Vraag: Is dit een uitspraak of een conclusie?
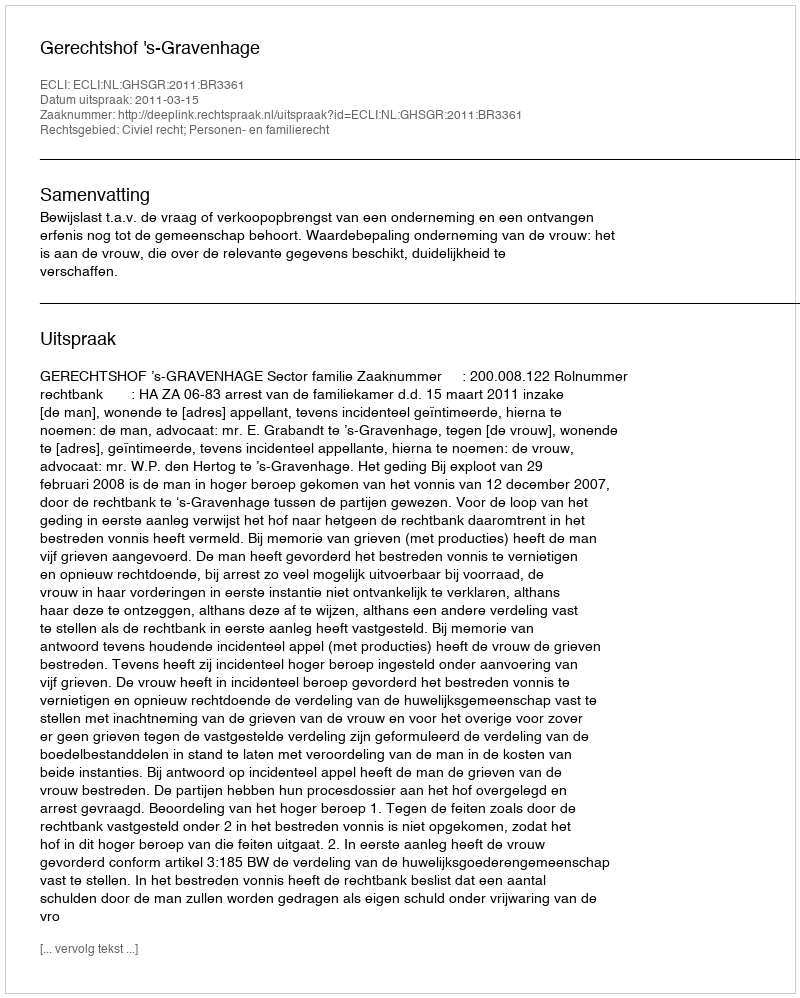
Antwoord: Uitspraak